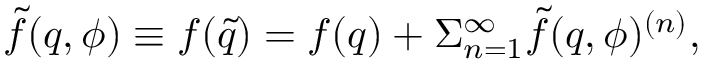
\tilde { f } ( q , \phi ) \equiv f ( \tilde { q } ) = f ( q ) + \Sigma _ { n = 1 } ^ { \infty } \tilde { f } ( q , \phi ) ^ { ( n ) } ,